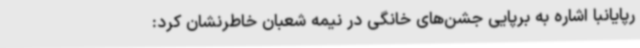
رپایانبا اشاره به برپایی جشن‌های خانگی در نیمه شعبان خاطرنشان کرد:‌